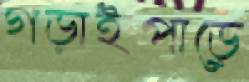
গড়াইপাড়ে